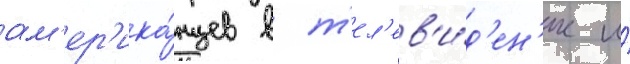
ам'ер'ика́нцев в т'ел'ев'и́д'ен'ие и́